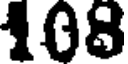
108